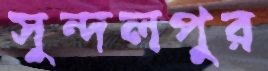
সুন্দলপুর